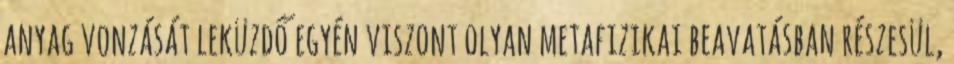
anyag vonzását leküzdő egyén viszont olyan metafizikai beavatásban részesül,